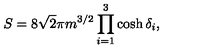
S = 8 \sqrt { 2 } \pi m ^ { 3 / 2 } \prod _ { i = 1 } ^ { 3 } \cosh \delta _ { i } ,